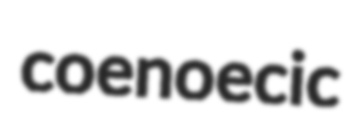
coenoecic